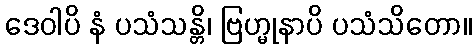
ဒေဝါပိ နံ ပသံသန္တိ၊ ဗြဟ္မုနာပိ ပသံသိတော။